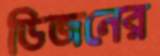
ডিজনের